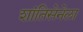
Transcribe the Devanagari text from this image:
शांतिसेनेला